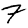
Digit: 7